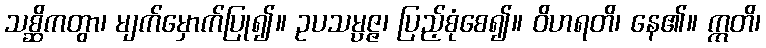
သစ္ဆိကတွာ၊ မျက်မှောက်ပြု၍။ ဥပသမ္ပဇ္ဇ၊ ပြည့်စုံစေ၍။ ဝိဟရတိ၊ နေ၏။ ဣတိ၊